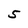
Character: 5